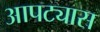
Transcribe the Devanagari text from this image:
आपट्यास